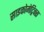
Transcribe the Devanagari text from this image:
साइकोमेट्रिक्स